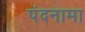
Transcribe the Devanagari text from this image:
पंदनामा